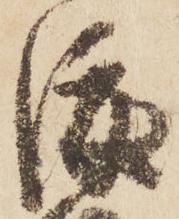
渡